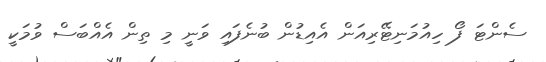
ސެންޓަ ފޯ ހިއުމަނިޓޭރިއަން އެއިޑުން ބުނެފައި ވަނީ މި ތިން އެއްބަސް ވުމަކީ